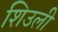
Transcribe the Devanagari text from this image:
शिउली